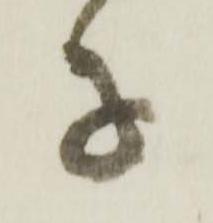
子